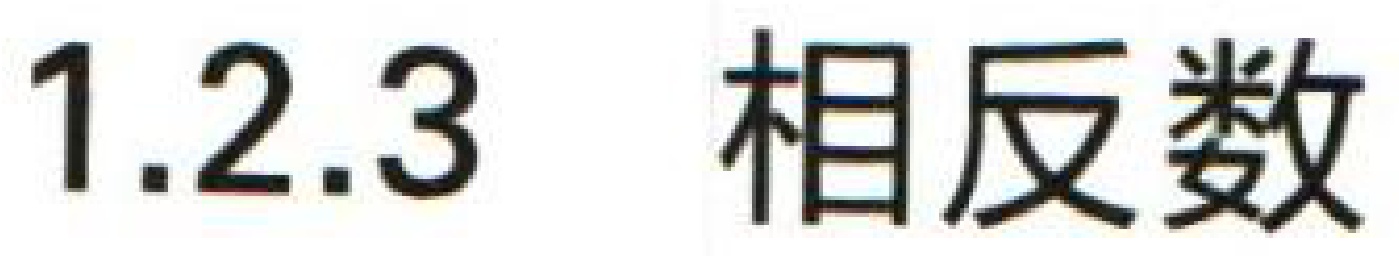
$1.2.3\ 相反数$